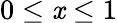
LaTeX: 0\leq\mathit{x}\leq1